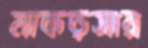
মাকড়সার